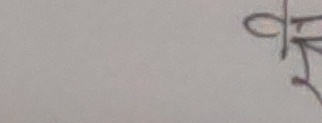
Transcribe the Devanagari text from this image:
क्रि